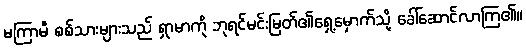
မကြာမီ စစ်သားများသည် ရှာမာကို ဘုရင်မင်းမြတ်၏ရှေ့မှောက်သို့ ခေါ်ဆောင်လာကြ၏။